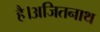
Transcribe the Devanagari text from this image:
है।अजितनाथ